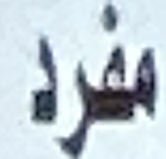
مفرد